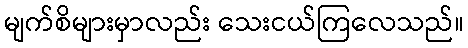
မျက်စိများမှာလည်း သေးငယ်ကြလေသည်။